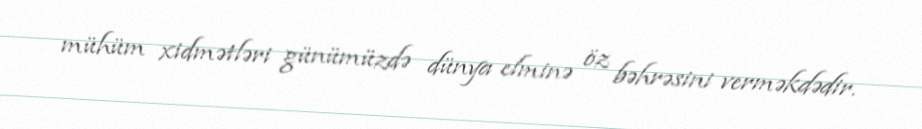
mühüm xidmətləri günümüzdə dünya elminə öz bəhrəsini verməkdədir.